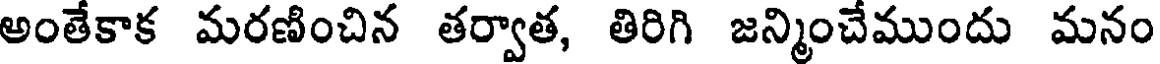
అంతేకాక మరణించిన తర్వాత, తిరిగి జన్మించేముందు మనం